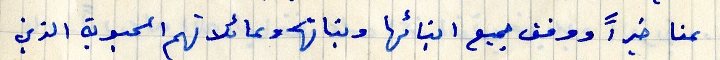
عنا خيراً ووفق جميع ابنائها وبناتها وعائلاتهم الحبوبة الذين